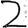
Digit: 2